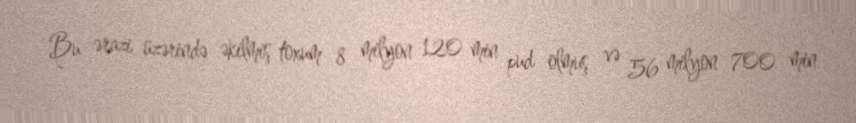
Bu ərazi üzərində əkilmiş toxum 8 milyon 120 min pud olmuş və 56 milyon 700 min